Vaccine operations Central Provinces 1868-1885 - 1868-1885
Year: 1868
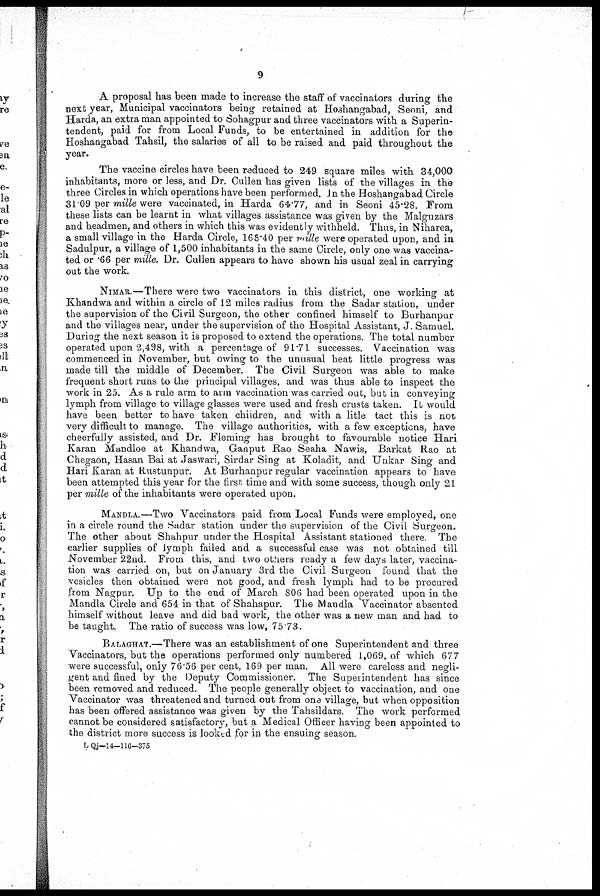
9
A proposal has been made to increase the staff of vaccinators during the
next year, Municipal vaccinators being retained at Hoshangabad, Seoni, and
Harda, an extra man appointed to Sohagpur and three vaccinators with a Superin-
tendent, paid for from Local Funds, to be entertained in addition for the
Hoshangabad Tahsil, the salaries of all to be raised and paid throughout the
year.
The vaccine circles have been reduced to 249 square miles with 34,000
inhabitants, more or less, and Dr. Cullen has given lists of the villages in the
three Circles in which operations have been performed. In the Hoshangabad Circle
31 09 per mille were vaccinated, in Harda 64.77, and in Seoni 45.28. From
these lists can be learnt in what villages assistance was given by the Malguzars
and headmen, and others in which this was evidently withheld. Thus, in Niharea,
a small village in the Harda Circle, 168.40 per mille were operated upon, and in
Sadulpur, a village of 1,500 inhabitants in the same Circle, only one was vaccina-
ted or .66 per mille. Dr. Cullen appears to have shown his usual zeal in carrying
out the work.
NIMAR.—There were two vaccinators in this district, one working at
Khandwa and within a circle of 12 miles radius from the Sadar station, under
the supervision of the Civil Surgeon, the other confined himself to Burhanpur
and the villages near, under the supervision of the Hospital Assistant, J. Samuel.
During the next season it is proposed to extend the operations. The total number
operated upon 2,498, with a percentage of 91.71 successes. Vaccination was
commenced in November, but owing to the unusual heat little progress was
made till the middle of December. The Civil Surgeon was able to make
frequent short runs to the principal villages, and was thus able to inspect the
work in 25. As a rule arm to arm vaccination was carried out, but in conveying
lymph from village to village glasses were used and fresh crusts taken. It would
have been better to have taken children, and with a litle tact this is not
very difficult to manage. The village authorities, with a few exceptions, have
cheerfully assisted, and Dr. Fleming has brought to favourable notice Hari
Karan Mandloe at Khandwa, Ganput Rao Seaha Nawis, Barkat Rao at
Chegaon, Hasan Bai at Jaswari, Sirdar Sing at Koladit, and Unkar Sing and
Hari Karan at Rustunpur. At Burhanpur regular vaccination appears to have
been attempted this year for the first time and with some success, though only 21
per mille of the inhabitants were operated upon.
MANDLA.—Two Vaccinators paid from Local Funds were employed, one
in a circle round the Sadar station under the supervision of the Civil Surgeon.
The other about Shahpur under the Hospital Assistant stationed there. The
earlier supplies of lymph failed and a successful case was not obtained till
November 22nd. From this, and two others ready a few days later, vaccina-
tion was carried on, but on January 3rd the Civil Surgeon found that the
vesicles then obtained were not good, and fresh lymph had to be procured
from Nagpur. Up to the end of March 806 had been operated upon in the
Mandla Circle and 654 in that of Shahapur. The Mandla Vaccinator absented
himself without leave and did bad work, the other was a new man and had to
be taught. The ratio of success was low, 75 73.
BALAGHAT.—There was an establishment of one Superintendent and three
Vaccinators, but the operations performed only numbered 1,069, of which 677
were successful, only 76.56 per cent, 169 per man. All were careless and negli-
gent and fined by the Deputy Commissioner. The Superintendent has since
been removed and reduced. The people generally object to vaccination, and one
Vaccinator was threatened and turned out from one village, but when opposition
has been offered assistance was given by the Tahsildars. The work performed
cannot be considered satisfactory, but a Medical Officer having been appointed to
the district more success is looked for in the ensuing season.
L Qj—14—116-375